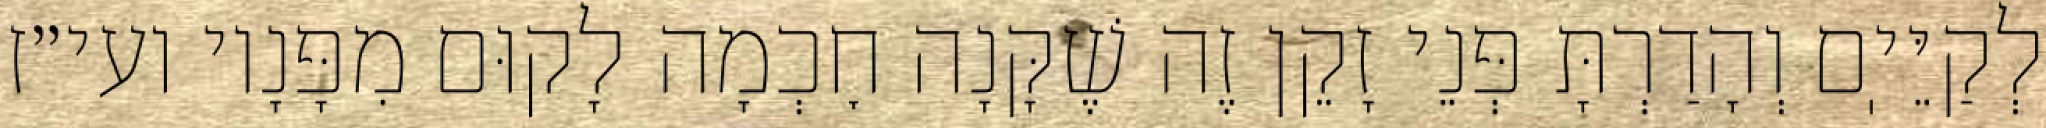
לְקַיֵּיֽם וְהָדַרְתָּ פְּנֵי זָקֵן זֶה שֶׁקָּנָה חׇכְמָה לָקוּם מִפָּנָיו ועי״ז